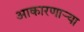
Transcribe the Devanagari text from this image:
आकारणार्‍या